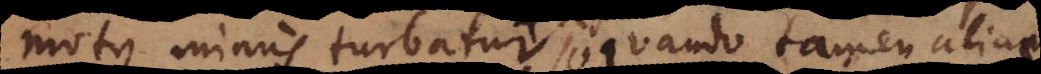
motus minus turbatur, quando tamen aliunde